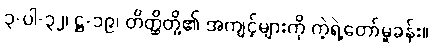
၃-ပါ-၃၂၊ ဋ္ဌ-၁၉၊ တိတ္ထိတို့၏ အကျင့်များကို ကဲ့ရဲ့တော်မူခန်း။